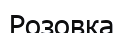
Розовка